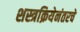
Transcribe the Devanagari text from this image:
शस्त्रक्रियेनंतरचे